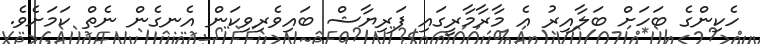
ހެކިންގެ ބަހަށް ބަލާއިރު އެ މާރާމާރީގައި ފަރިޔާޝް ބައިވެރިވިކަން އެނގެން ނެތް ކަމަށެވެ.